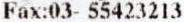
FAX:03- 55423213